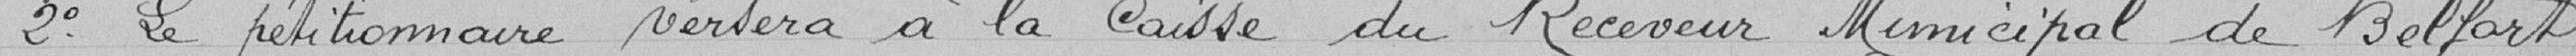
2° Le pétitionnaire versera à la Caisse du Receveur Municipal de Belfort